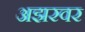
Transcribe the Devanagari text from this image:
अझरवर